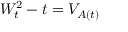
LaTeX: W _ { t } ^ { 2 } - t = V _ { A ( t ) }